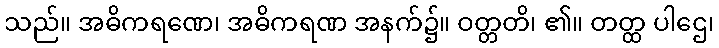
သည်။ အဓိကရဏေ၊ အဓိကရဏ အနက်၌။ ဝတ္တတိ၊ ၏။ တတ္ထ ပါဌေ၊